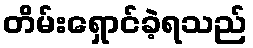
တိမ်းရှောင်ခဲ့ရသည်